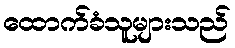
ထောက်ခံသူများသည်